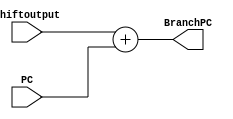
module PCAdder(shiftoutput, PC, BranchPC);
    input[31:0] shiftoutput;
    input[31:0] PC;
    output[31:0] BranchPC;
    assign BranchPC = shiftoutput + PC;
endmodule